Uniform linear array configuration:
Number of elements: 24
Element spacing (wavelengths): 0.5
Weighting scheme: kaiser
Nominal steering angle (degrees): -60
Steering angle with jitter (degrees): -60.389
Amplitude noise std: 0.05
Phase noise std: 0.05

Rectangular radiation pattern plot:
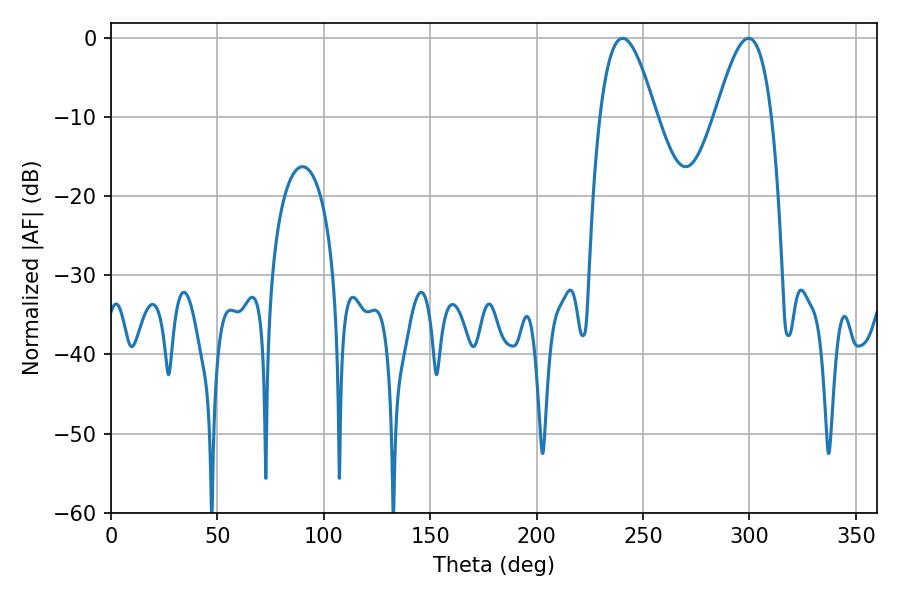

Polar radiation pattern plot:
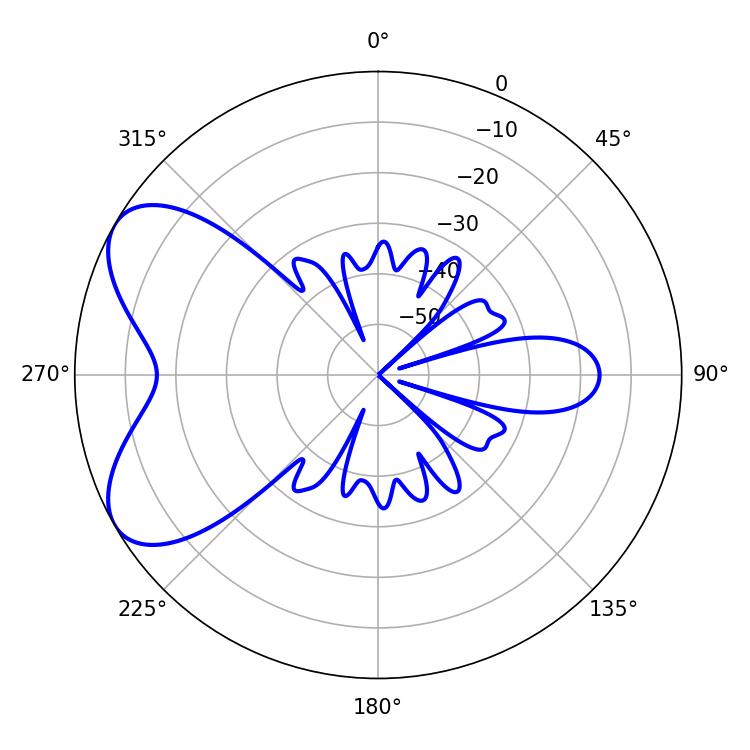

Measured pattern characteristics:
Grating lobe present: FALSE
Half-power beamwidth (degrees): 14.4
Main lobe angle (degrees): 240.48